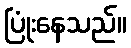
ပြုံးနေသည်။